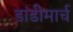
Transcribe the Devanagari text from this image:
डांडीमार्च